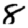
Digit: 8